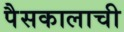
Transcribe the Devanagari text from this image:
पैसकालाची